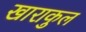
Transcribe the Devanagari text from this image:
खाराकुल